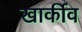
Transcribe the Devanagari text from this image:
खार्कीव